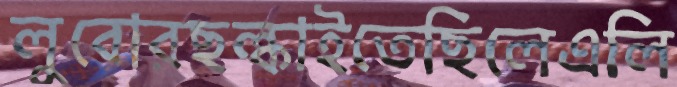
লুবোরছল্‌কাইতেছিলেএলি